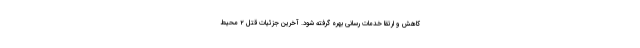
کاهش و ارتقا خدمات رسانی بهره گرفته شود.‌ آخرین جزئیات قتل ۲ محیط